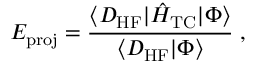
E _ { \mathrm { p r o j } } = \frac { \langle D _ { \mathrm { H F } } | { \hat { H } } _ { \mathrm { T C } } | \Phi \rangle } { \langle D _ { \mathrm { H F } } | \Phi \rangle } \; ,